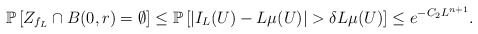
\begin{align*} \mathbb P\left[Z_{f_L}\cap B(0,r)=\emptyset\right]\leq\mathbb P\left[|I_L(U)-L\mu(U)|>\delta L\mu(U)\right]\leq e^{-C_{2}L^{n+1}}.\end{align*}